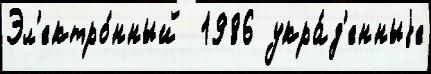
Эл'ектро́нный  1986 укра́д'енныjе